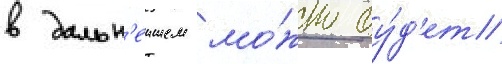
в дальн'еишем мо́жно бу́д'ет